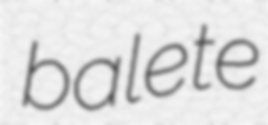
balete